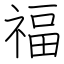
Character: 福